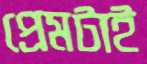
প্রেমটাই